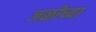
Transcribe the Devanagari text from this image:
जळीच्या